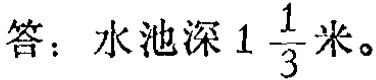
答：水池深\(1\frac{1}{3}\)米。